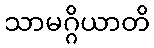
သာမဂ္ဂိယာတိ